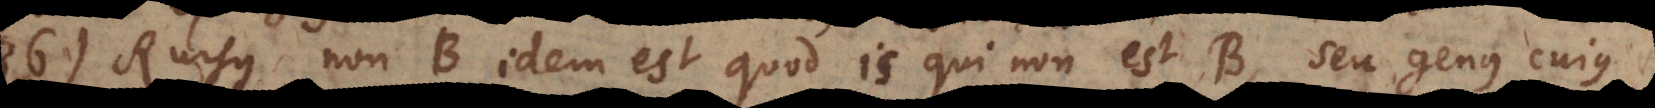
86) Rursus non‐B idem est quod is qui non est B, seu genus cujus